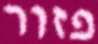
פזור